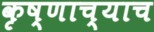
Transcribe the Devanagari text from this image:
कृष्णाच्याच